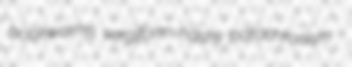
bookworms vergiform hashy parachronism